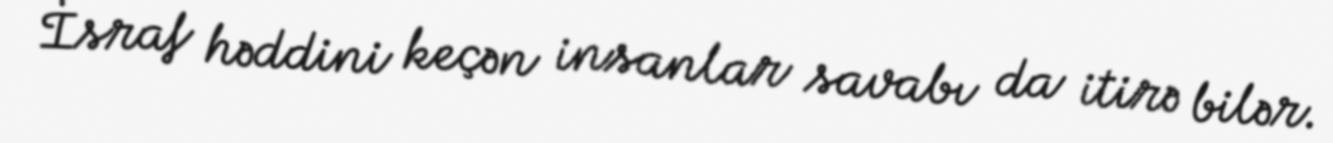
İsraf həddini keçən insanlar savabı da itirə bilər.